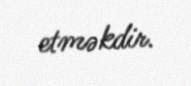
etməkdir.